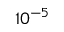
1 0 ^ { - 5 }